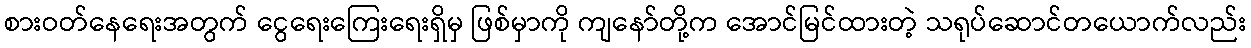
စားဝတ်နေရေးအတွက် ငွေရေးကြေးရေးရှိမှ ဖြစ်မှာကို ကျနော်တို့က အောင်မြင်ထားတဲ့ သရုပ်ဆောင်တယောက်လည်း